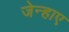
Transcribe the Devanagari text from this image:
जेन्हाए